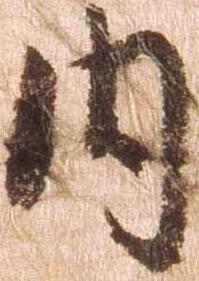
内